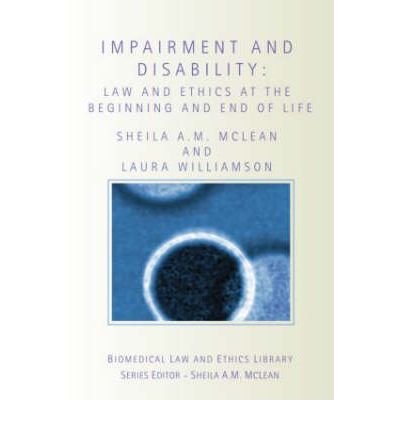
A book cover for Impairment and Disability: Law and Ethics at the Beginning and End of Life (Biomedical Law and Ethics Library) (Paperback) - Common; By (author) Laura Williamson By (author) Sheila A.M. McLean; Law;